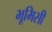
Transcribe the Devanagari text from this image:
भूमिसी